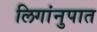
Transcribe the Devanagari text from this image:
लिगांनुपात